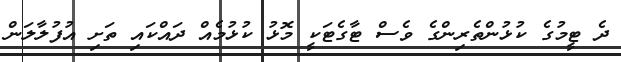
ދެ ޓީމުގެ ކުޅުންތެރިންގެ ވެސް ޓާގެޓަކީ މޮޅު ކުޅުމެއް ދައްކައި ތަށި އުފުލާލަން